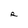
Character: R